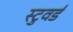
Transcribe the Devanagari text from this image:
स्टुवर्ड